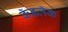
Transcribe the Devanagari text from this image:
कॅडलॅक